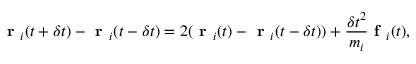
\textbf { r } _ { i } ( t + \delta t ) - \textbf { r } _ { i } ( t - \delta t ) = 2 ( \textbf { r } _ { i } ( t ) - \textbf { r } _ { i } ( t - \delta t ) ) + \frac { \delta t ^ { 2 } } { m _ { i } } \textbf { f } _ { i } ( t ) ,